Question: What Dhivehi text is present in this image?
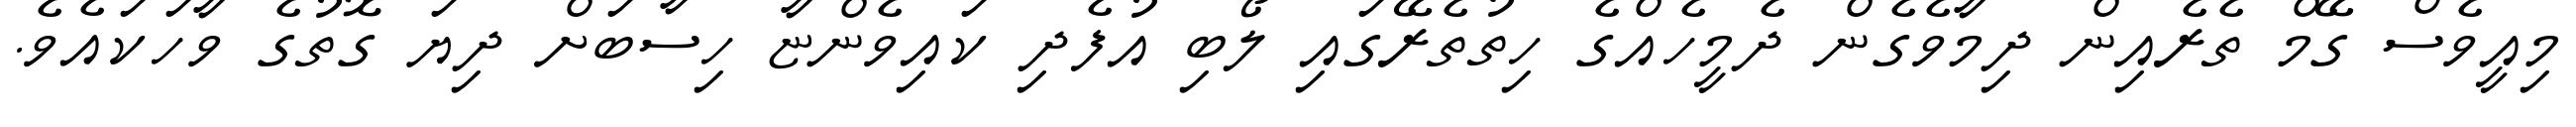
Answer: މިއީވެސް ގޭމް ތެރެއިން ދިމާވެގެން ދެމީހެއްގެ ހިތުތެރޭގައި ލޯބި އުފެދި ކައިވެންޏާ ހިސާބަށް ދިޔަ ގޮތުގެ ވާހަކައެވެ.